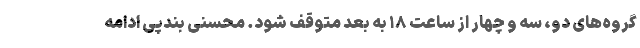
گروه‌های دو، سه و چهار از ساعت ۱۸ به بعد متوقف شود. محسنی بندپی ادامه